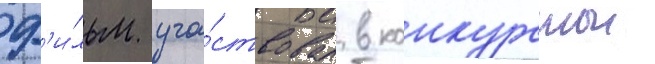
Ф'и́льм уча́ствовал в конкурснои